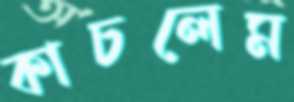
কাচলেম